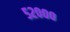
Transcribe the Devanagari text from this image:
५२०००